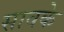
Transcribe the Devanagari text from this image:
सावके